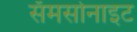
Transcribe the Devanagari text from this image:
सॅमसोनाइट